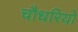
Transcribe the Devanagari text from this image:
चौधरियो